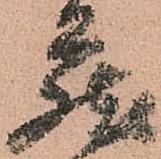
蔵